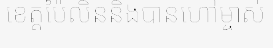
ខេត្តប៉ៃលិននិងបានហៅម្ចាស់